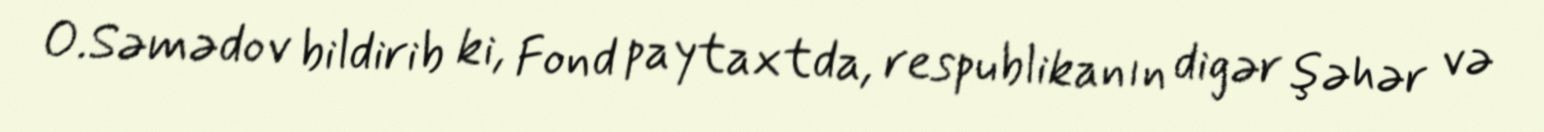
O.Səmədov bildirib ki, Fond paytaxtda, respublikanın digər şəhər və